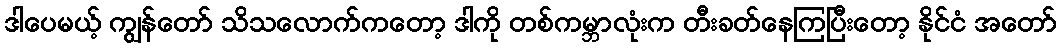
ဒါပေမယ့် ကျွန်တော် သိသလောက်ကတော့ ဒါကို တစ်ကမ္ဘာလုံးက တီးခတ်နေကြပြီးတော့ နိုင်ငံ အတော်